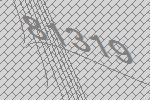
81319